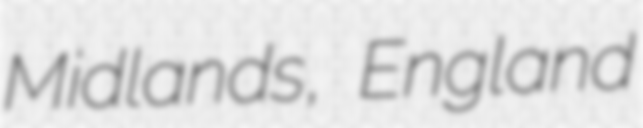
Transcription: Midlands, England